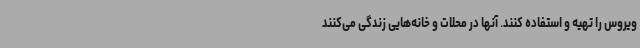
ویروس را تهیه و استفاده کنند. آنها در محلات و خانه‌هایی زندگی می‌کنند